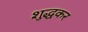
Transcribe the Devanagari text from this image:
शुद्धकर